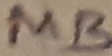
Text: MB